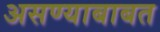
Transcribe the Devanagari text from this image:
असण्याबाबत